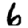
Digit: 6